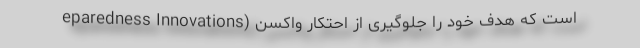
eparedness Innovations) است که هدف خود را جلوگیری از احتکار واکسن